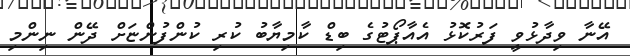
އޭނާ ވިދާޅުވީ ފަރުކޮޅު އެއާޕޯޓުގެ ބިޑް ކާމިޔާބު ކުރި ކުންފުންޏަށް ދޭން ނިންމި